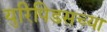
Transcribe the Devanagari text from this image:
युरिपिडसच्या